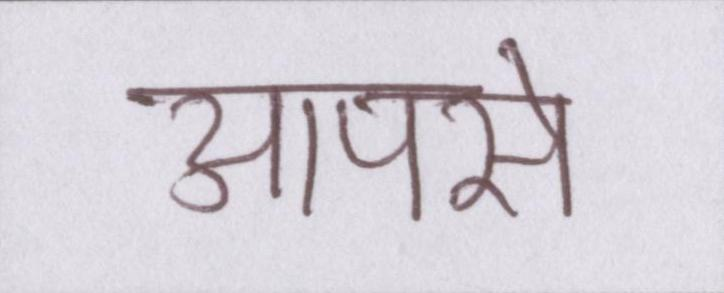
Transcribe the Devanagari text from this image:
आपसे